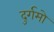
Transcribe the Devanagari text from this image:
दुर्गमो